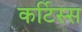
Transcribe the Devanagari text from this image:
कर्टिस्स